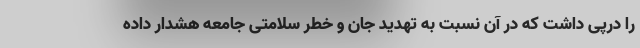
را درپی داشت که در آن نسبت به تهدید جان و خطر سلامتی جامعه هشدار داده